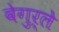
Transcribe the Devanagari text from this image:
वेगुर्ले